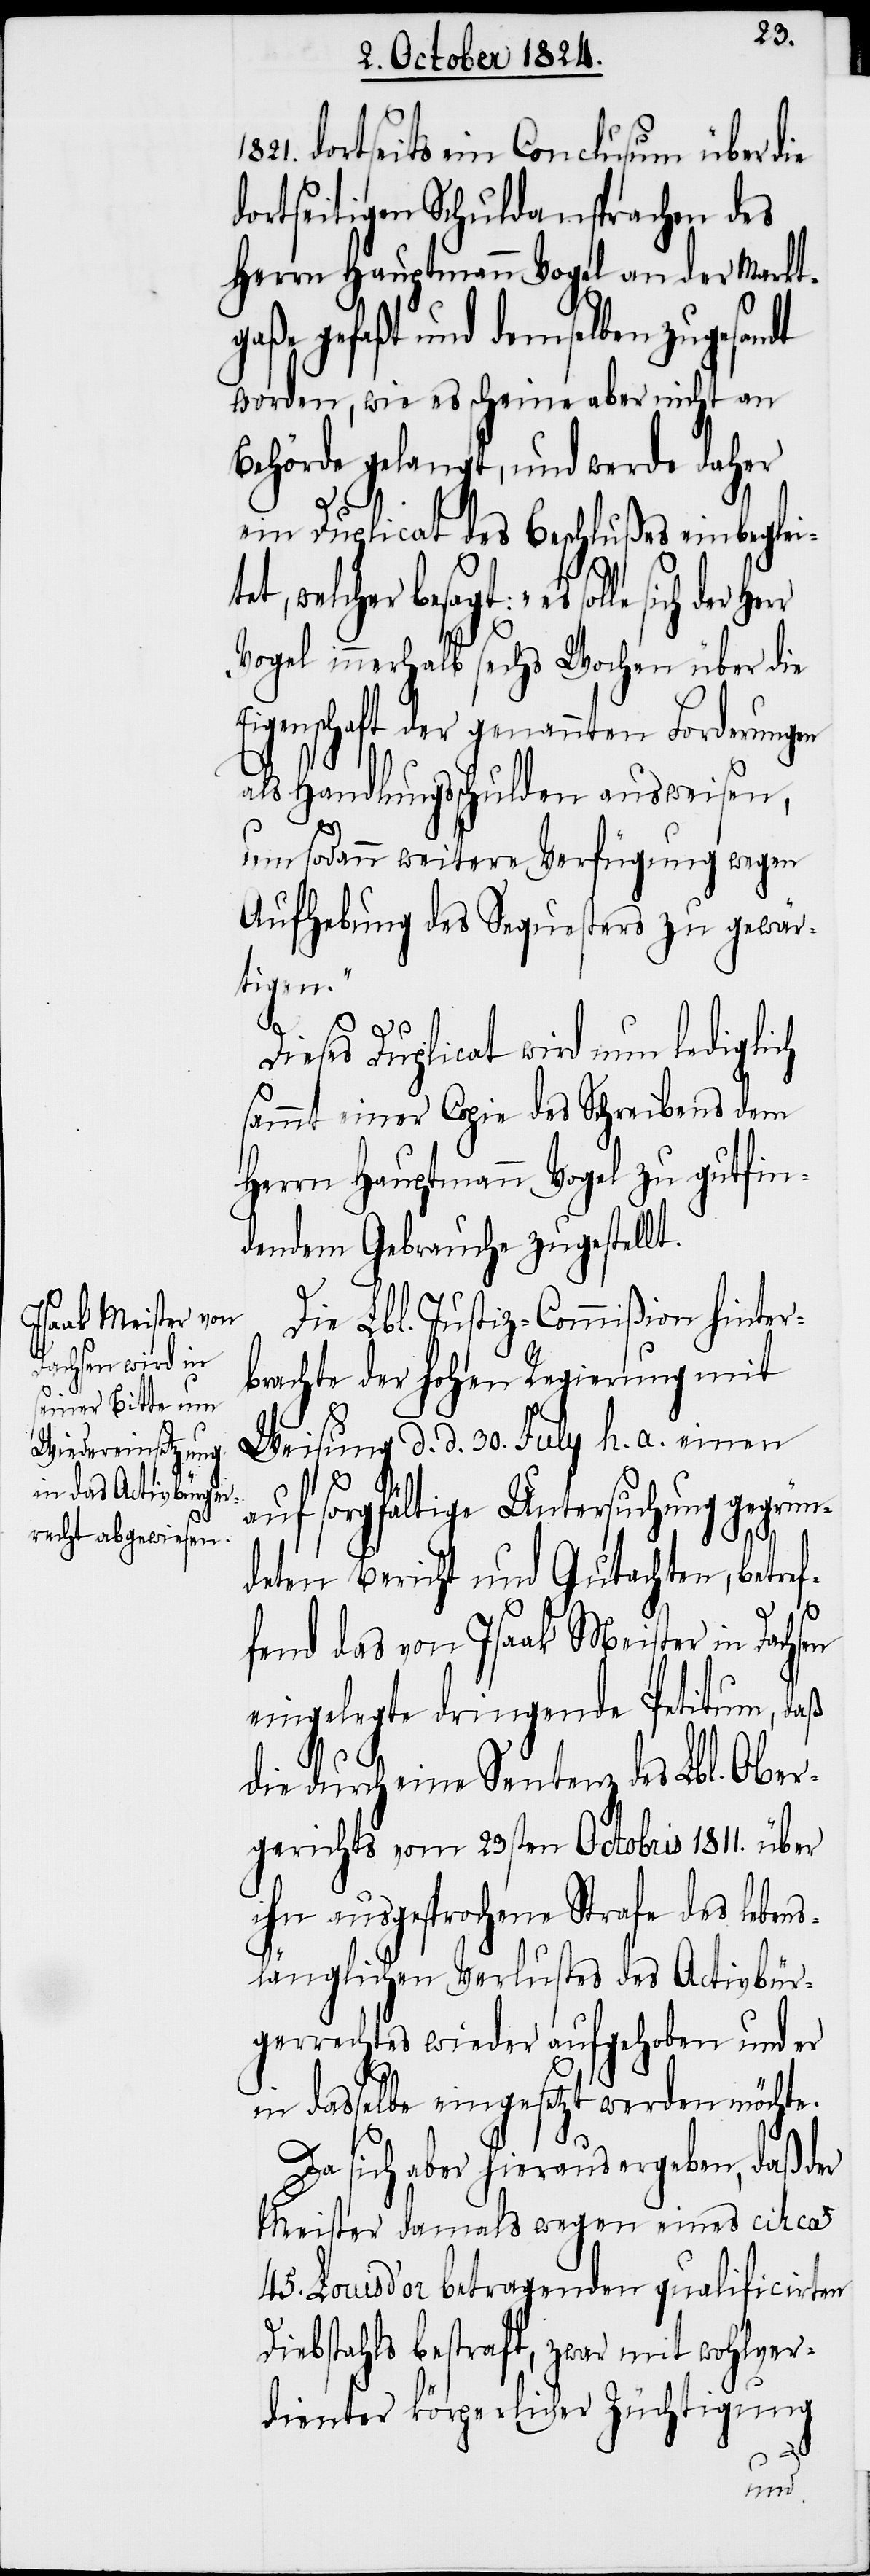
dortseits ein Conclusum über die
dortseitigen Schuldansprachen des
Herrn Hauptmann Vogel an der Markt¬
gaße gefaßt und demselben zugesandt
worden, wie es scheine aber nicht an
Behörde gelangt, und werde daher
ein Duplicat des Beschlußes einbeglei¬
tet, welcher besagt: „es solle sich der
Vogel innerhalb sechs Wochen über die
Eigenschaft der genannten Forderungen
als Handlungsschulden ausweisen,
um sodann weitere Verfügung wegen
Aufhebung des Sequesters zu gewär¬
tigen.“
Dieses Duplicat wird nun lediglich
sammt einer Copie des Schreibens dem
Herrn Hauptmann Vogel zu gutfin¬
dendem Gebrauche zugestellt.
Die Lbl. Justiz-Commißion hinter¬
brachte der hohen Regierung mit
Weisung d. d. 30. July h. a. einen
auf sorgfältige Untersuchung gegrün¬
deten Bericht und Gutachten, betref¬
fend das von Isaak Meister in Dachsen
eingelegte dringende Petitum, daß
die durch eine Sentenz des Lbl. Ober¬
gerichts vom 23sten Octobris 1811. über
ihn ausgesprochene Strafe des leben¬
slänglichen Verlustes des Activbür¬
gerrechtes wieder aufgehoben und er
in dasselbe eingesetzt werden möchte.
Da sich aber hieraus ergeben, daß der
Meister damals wegen eines circa
45. Louis d’or betragenden qualificirten
Diebstahls bestraft, zwar mit wohlver¬
dienter körperlicher Züchtigung